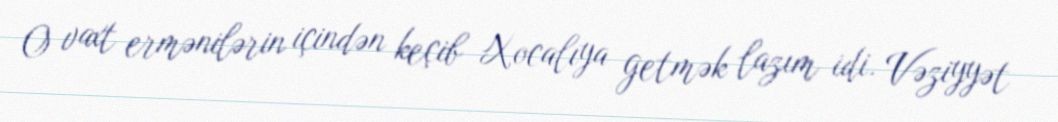
O vaxt ermənilərin içindən keçib Xocalıya getmək lazım idi. Vəziyyət